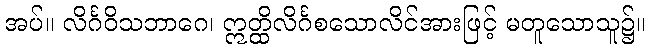
အပ်။ လိင်္ဂဝိသဘာဂေ၊ ဣတ္ထိလိင်္ဂစသောလိင်အားဖြင့် မတူသောသူ၌။